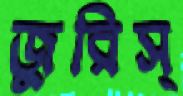
জুরিস্